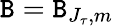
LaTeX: \mathtt{B}=\mathtt{B}_{J_{\tau},m}